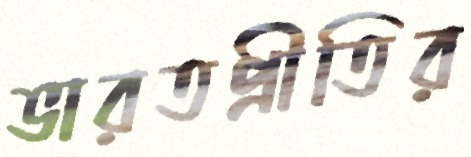
ভারতপ্রীতির